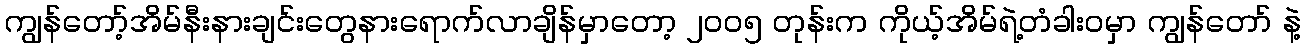
ကျွန်တော့်အိမ်နီးနားချင်းတွေနားရောက်လာချိန်မှာတော့ ၂၀ဝ၅ တုန်းက ကိုယ့်အိမ်ရဲ့တံခါးဝမှာ ကျွန်တော် နဲ့